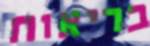
בריאות